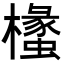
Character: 𭬧